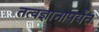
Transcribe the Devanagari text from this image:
तत्वज्ञानापर्यंत